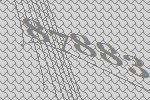
87883